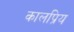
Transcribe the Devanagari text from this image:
कालप्रिय